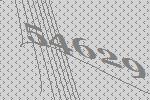
54629